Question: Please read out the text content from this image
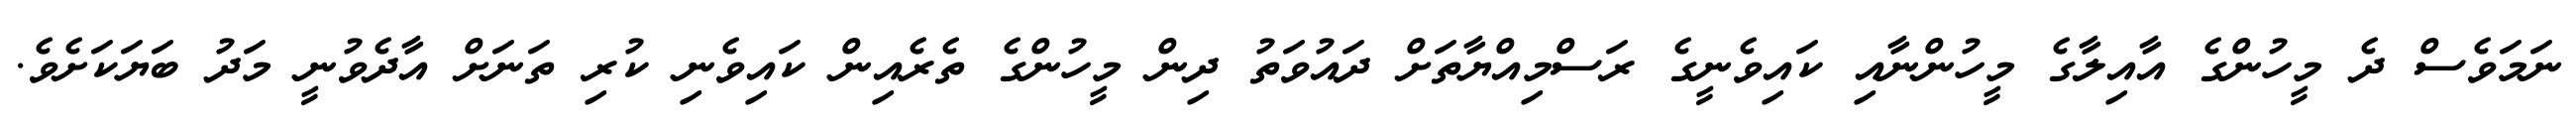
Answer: ނަމަވެސް ދެ މީހުންގެ އާއިލާގެ މީހުންނާއި ކައިވެނީގެ ރަސްމިއްޔާތަށް ދައުވަތު ދިން މީހުންގެ ތެރެއިން ކައިވެނި ކުރި ތަނަށް އާދެވުނީ މަދު ބަޔަކަށެވެ.